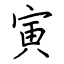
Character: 寅